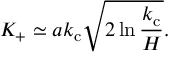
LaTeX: K _ { + } \simeq a k _ { \mathrm { c } } \sqrt { 2 \ln \frac { k _ { \mathrm { c } } } { H } } .